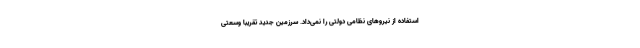
استفاده از نیروهای نظامی دولتی را نمی‌داد. سرزمین جدید تقریبا وسعتی